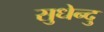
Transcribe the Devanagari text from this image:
सुधेन्दु